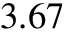
3 . 6 7